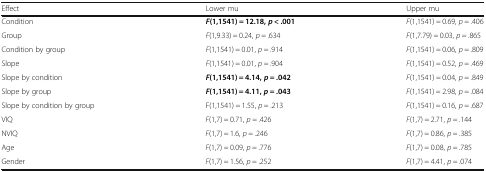
<table><thead><tr><td><b>Effect</b></td><td><b>Lower mu</b></td><td><b>Upper mu</b></td></tr></thead><tbody><tr><td>Condition</td><td><b><i>F</i></b><b>(1,1541) = 12.18,</b><b><i>p</i></b> <b>&lt; .001</b></td><td><i>F</i>(1,1541) = 0.69, <i>p</i> = .406</td></tr><tr><td>Group</td><td><i>F</i>(1,9.33) = 0.24, <i>p</i> = .634</td><td><i>F</i>(1,7.79) = 0.03, <i>p</i> = .865</td></tr><tr><td>Condition by group</td><td><i>F</i>(1,1541) = 0.01, <i>p</i> = .914</td><td><i>F</i>(1,1541) = 0.06, <i>p</i> = .809</td></tr><tr><td>Slope</td><td><i>F</i>(1,1541) = 0.01, <i>p</i> = .904</td><td><i>F</i>(1,1541) = 0.52, <i>p</i> = .469</td></tr><tr><td>Slope by condition</td><td><b><i>F</i></b><b>(1,1541) = 4.14,</b><b><i>p</i></b> <b>= .042</b></td><td><i>F</i>(1,1541) = 0.04, <i>p</i> = .849</td></tr><tr><td>Slope by group</td><td><b><i>F</i></b><b>(1,1541) = 4.11,</b><b><i>p</i></b> <b>= .043</b></td><td><i>F</i>(1,1541) = 2.98, <i>p</i> = .084</td></tr><tr><td>Slope by condition by group</td><td>F(1,1541) = 1.55, <i>p</i> = .213</td><td><i>F</i>(1,1541) = 0.16, <i>p</i> = .687</td></tr><tr><td>VIQ</td><td><i>F</i>(1,7) = 0.71, <i>p</i> = .426</td><td><i>F</i>(1,7) = 2.71, <i>p</i> = .144</td></tr><tr><td>NVIQ</td><td><i>F</i>(1,7) = 1.6, <i>p</i> = .246</td><td><i>F</i>(1,7) = 0.86, <i>p</i> = .385</td></tr><tr><td>Age</td><td><i>F</i>(1,7) = 0.09, <i>p</i> = .776</td><td><i>F</i>(1,7) = 0.08, <i>p</i> = .785</td></tr><tr><td>Gender</td><td><i>F</i>(1,7) = 1.56, <i>p</i> = .252</td><td><i>F</i>(1,7) = 4.41, <i>p</i> = .074</td></tr></tbody></table>